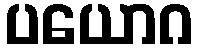
ပယောဂ